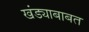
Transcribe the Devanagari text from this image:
खंड्याबाबत